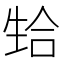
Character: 𬎴